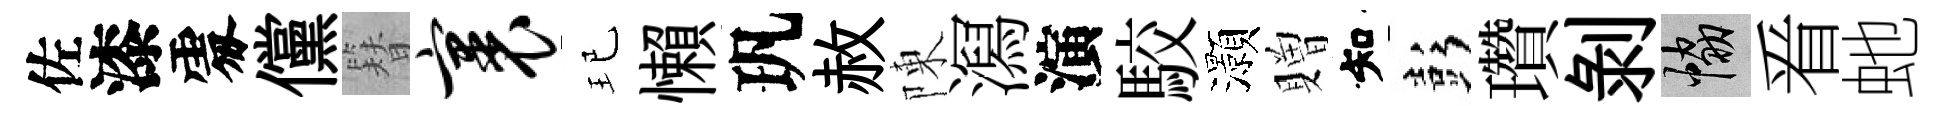
佐漆𠁅儻簪裹玘懶㺬赦陳㵼演駮灝贈知彭瓚剝協㸔虵